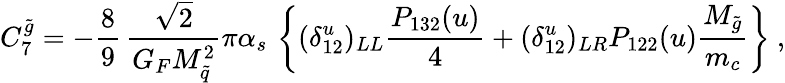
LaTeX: C_{7}^{\tilde{g}}=-\frac{8}{9}\, \frac{\sqrt 2}{G_{F}M_{\tilde{q}}^{2}}\pi\alpha_{s}\, \left\{ (\delta_{12}^{u})_{LL}\frac{P_{132}(u)}{4}+(\delta_{12}^{u})_{LR}P_{122}(u)\frac{M_{\tilde{g}}}{m_{c}}\right\} ~,